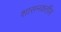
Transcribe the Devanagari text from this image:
शासनकर्तीस